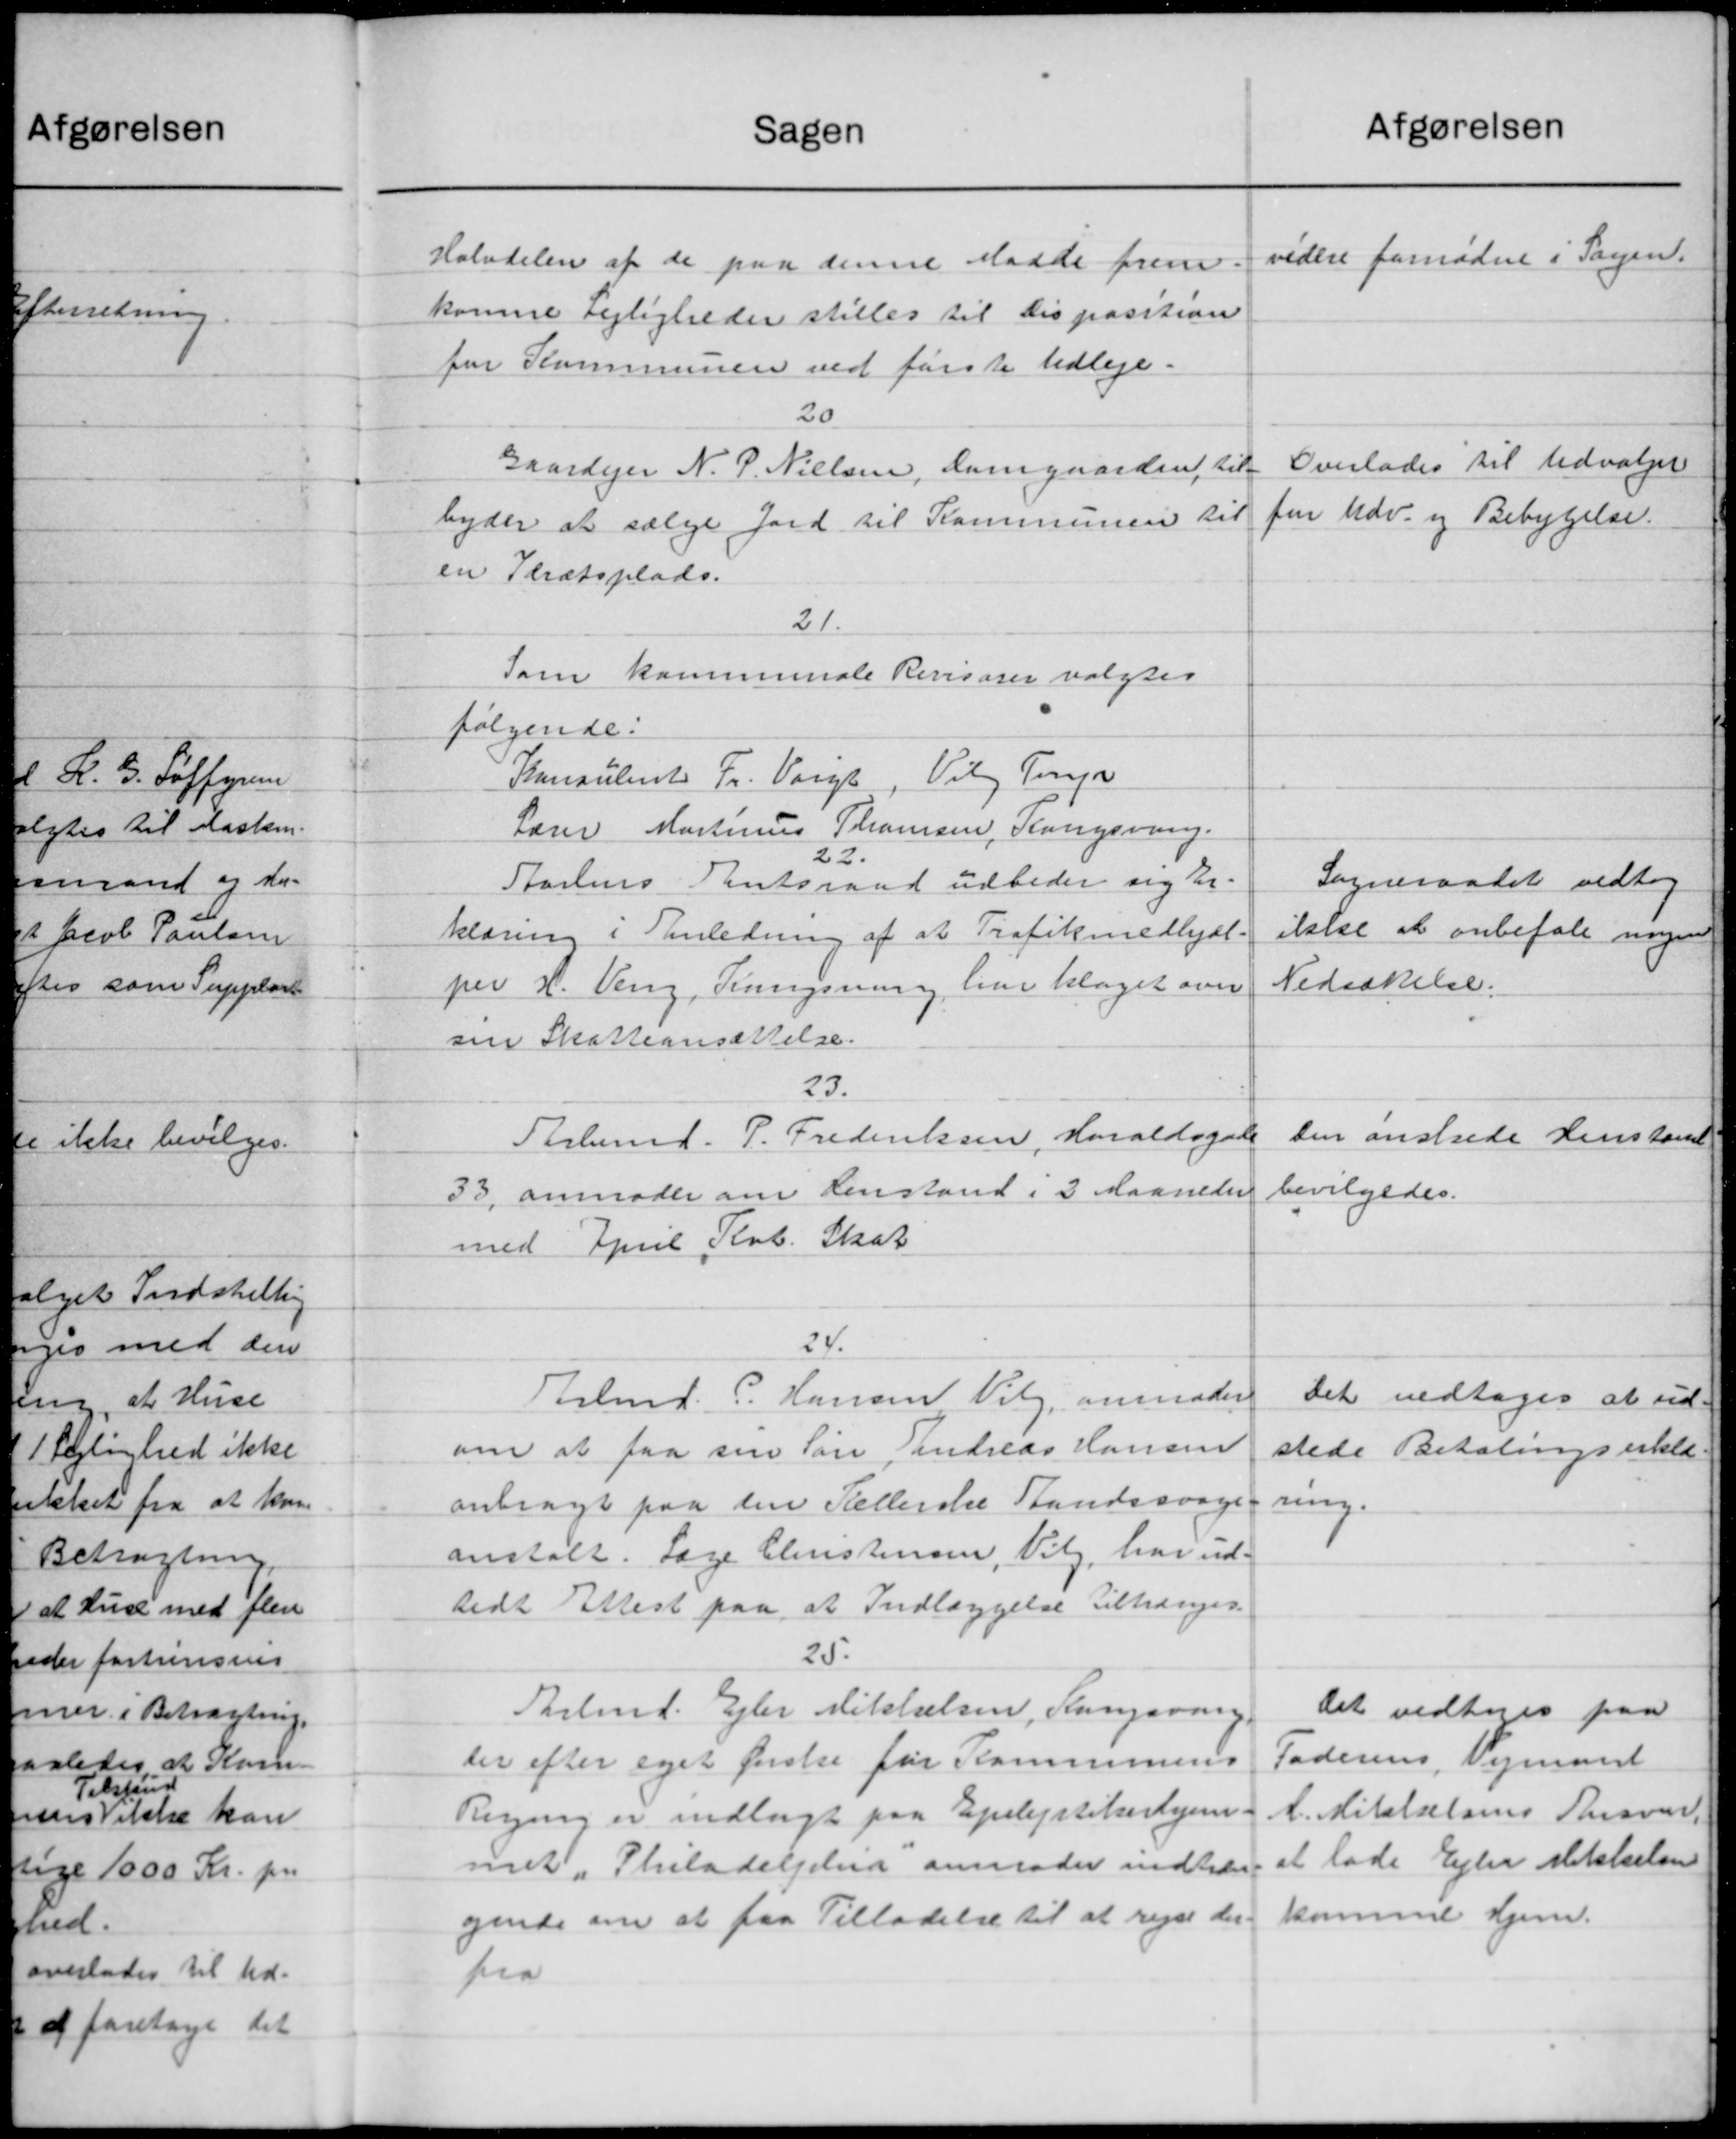
Transskription:
Sagen
Halvdelen af de paa denne Maade frem
komne Lejligheder stilles til Disposition
for Kommunen ved første tidlige.
20
Gaardejer N. P. Nielsen, Damgaarden, til-
byder at sælge Jord til Kommunen til
en Trætsplads.
21.
Som kommunale Revisorer valgtes
følgende:
Konsulent Fr. Vorgs, Vilg Ting
Lærer Martinus Thomsen, Kongsvang.
22.
Starlens Amtsraad udbeder sig Er-
klæring i Anledning af at Trafikmedhjæl-
per H. Veng, Rungsning har klaget over
sin Skatteansættelse.
23.
Arbmd. P. Frederiksen, Haraldsgade
33, anmoder om Henstand i 3 Maaneder
med April Køb. Skat
24.
Arbmd. P. Hansen Valg, anmoder
om at faa sin Søn Tandreas Hansen
anbragt paa den Kellerske Standssvage
anstalt. Læge Christensen, Valg, har ud-
sidt Attest paa at Indlæggelse tiltrænges.
25.
Tarbmd. Ejler Mikkelsen, Kangsvang.
der efter eget friske for Kommunens
Regning er indlagt paa Epileptikerhjem.
met i Philadelund anmoder indtil
gende om at faa Tilladelse til at rejse der.
fra